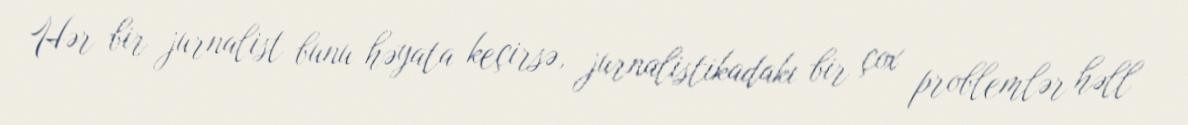
Hər bir jurnalist bunu həyata keçirsə, jurnalistikadakı bir çox problemlər həll